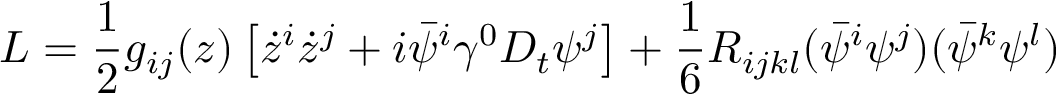
L = { \frac { 1 } { 2 } } g _ { i j } ( z ) \left[ \dot { z } ^ { i } \dot { z } ^ { j } + i \bar { \psi } ^ { i } \gamma ^ { 0 } D _ { t } \psi ^ { j } \right] + { \frac { 1 } { 6 } } R _ { i j k l } ( \bar { \psi } ^ { i } \psi ^ { j } ) ( \bar { \psi } ^ { k } \psi ^ { l } )